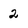
Character: 2